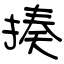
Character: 揍